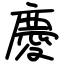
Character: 慶